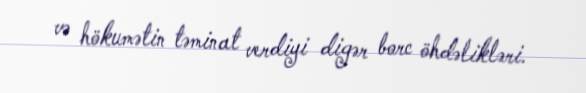
və hökumətin təminat verdiyi digər borc öhdəlikləri.